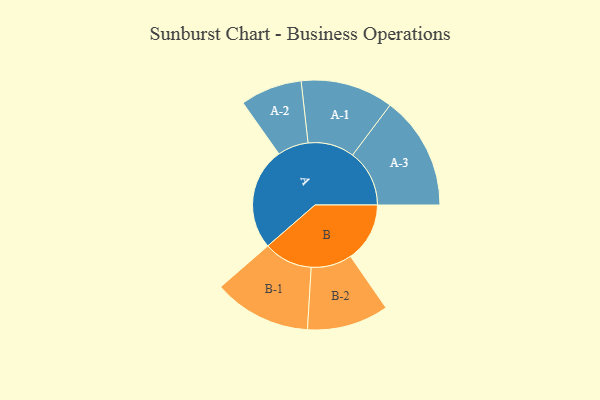
{"axis": {"x": "Segment", "y": "Value"}, "legend": ["", "A", "B"], "data": [{"x": "A", "y": 422, "type": ""}, {"x": "B", "y": 244, "type": ""}, {"x": "A-1", "y": 191, "type": "A"}, {"x": "A-2", "y": 127, "type": "A"}, {"x": "A-3", "y": 234, "type": "A"}, {"x": "B-1", "y": 201, "type": "B"}, {"x": "B-2", "y": 168, "type": "B"}]}